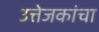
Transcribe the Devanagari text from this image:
उत्तेजकांचा